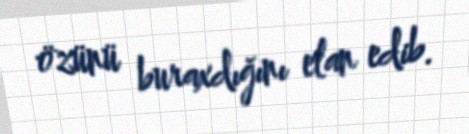
özünü buraxdığını elan edib.